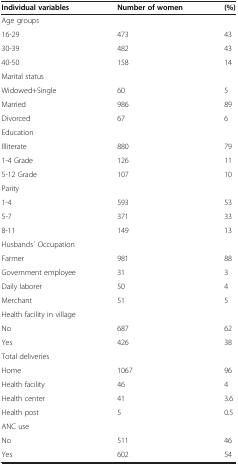
| Individual variables | Number of women | (%) |
 | --- | --- | --- |
 | Age groups |  |  |
 | 16-29 | 473 | 43 |
 | 30-39 | 482 | 43 |
 | 40-50 | 158 | 14 |
 | Marital status |  |  |
 | Widowed+Single | 60 | 5 |
 | Married | 986 | 89 |
 | Divorced | 67 | 6 |
 | Education |  |  |
 | Illiterate | 880 | 79 |
 | 1-4 Grade | 126 | 11 |
 | 5-12 Grade | 107 | 10 |
 | Parity |  |  |
 | 1-4 | 593 | 53 |
 | 5-7 | 371 | 33 |
 | 8-11 | 149 | 13 |
 | Husbands ́ Occupation |  |  |
 | Farmer | 981 | 88 |
 | Government employee | 31 | 3 |
 | Daily laborer | 50 | 4 |
 | Merchant | 51 | 5 |
 | Health facility in village |  |  |
 | No | 687 | 62 |
 | Yes | 426 | 38 |
 | Total deliveries |  |  |
 | Home | 1067 | 96 |
 | Health facility | 46 | 4 |
 | Health center | 41 | 3.6 |
 | Health post | 5 | 0.5 |
 | ANC use |  |  |
 | No | 511 | 46 |
 | Yes | 602 | 54 |